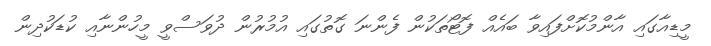
މީޑިއާގައި އާންމުކޮށްފައިވާ ބައެއް ފޮޓޯތަކުން ފެންނަ ގޮތުގައި އުމުރުން ދުވަސްވީ މީހުންނާއި ކުޑަކުދިން